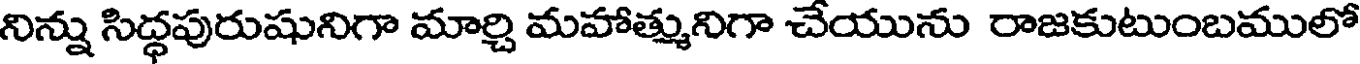
నిన్ను సిద్ధపురుషునిగా మార్చి మహాత్మునిగా చేయును రాజకుటుంబములో